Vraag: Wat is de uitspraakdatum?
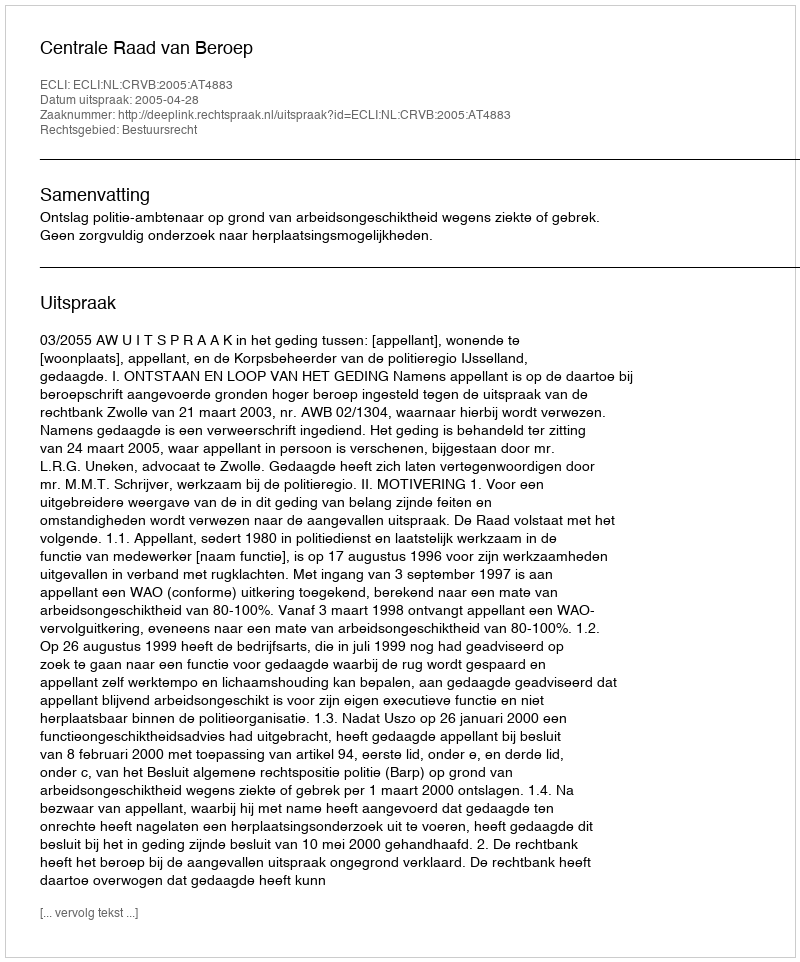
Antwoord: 2005-04-28